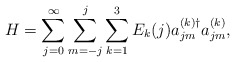
\begin{align*}H=\sum_{j=0}^{\infty}\sum_{m=-j}^{j}\sum_{k=1}^{3}E_{k}(j) a_{jm}^{(k)\dag}a_{jm}^{(k)},\end{align*}